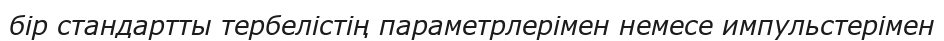
бір стандартты тербелістің параметрлерімен немесе импульстерімен